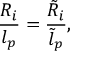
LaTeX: \frac { R _ { i } } { l _ { p } } = \frac { \tilde { R } _ { i } } { \tilde { l } _ { p } } ,